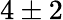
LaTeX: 4\pm 2